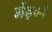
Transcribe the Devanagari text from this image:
मेंढ़की